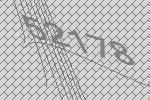
52178